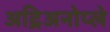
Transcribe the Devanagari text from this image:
अद्रिअनोप्ले